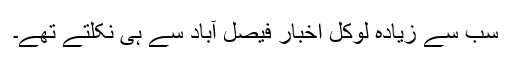
سب سے زیادہ لوکل اخبار فیصل آباد سے ہی نکلتے تھے۔